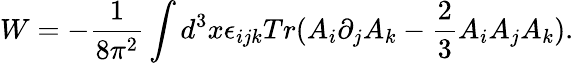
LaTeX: W=-\frac{1}{8\pi^{2}}\int d^{3}x\epsilon_{ijk}Tr(A_{i}\partial_{j}A_{k}-\frac{2}{3}A_{i}A_{j}A_{k}).